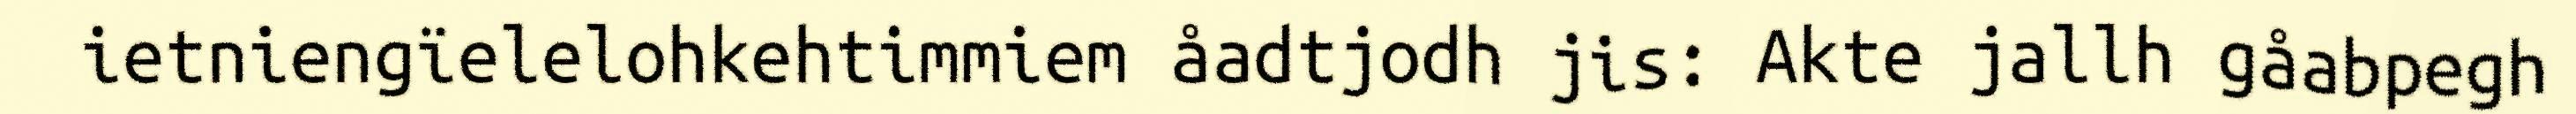
ietniengïelelohkehtimmiem åadtjodh jis: Akte jallh gåabpegh